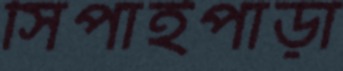
সিপাইপাড়া